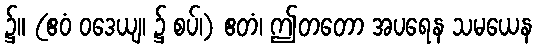
၌။ (ဧဝံ ဝဒေယျ၊ ၌ စပ်၊) ဧတံ၊ ဤတတော အပရေန သမယေန